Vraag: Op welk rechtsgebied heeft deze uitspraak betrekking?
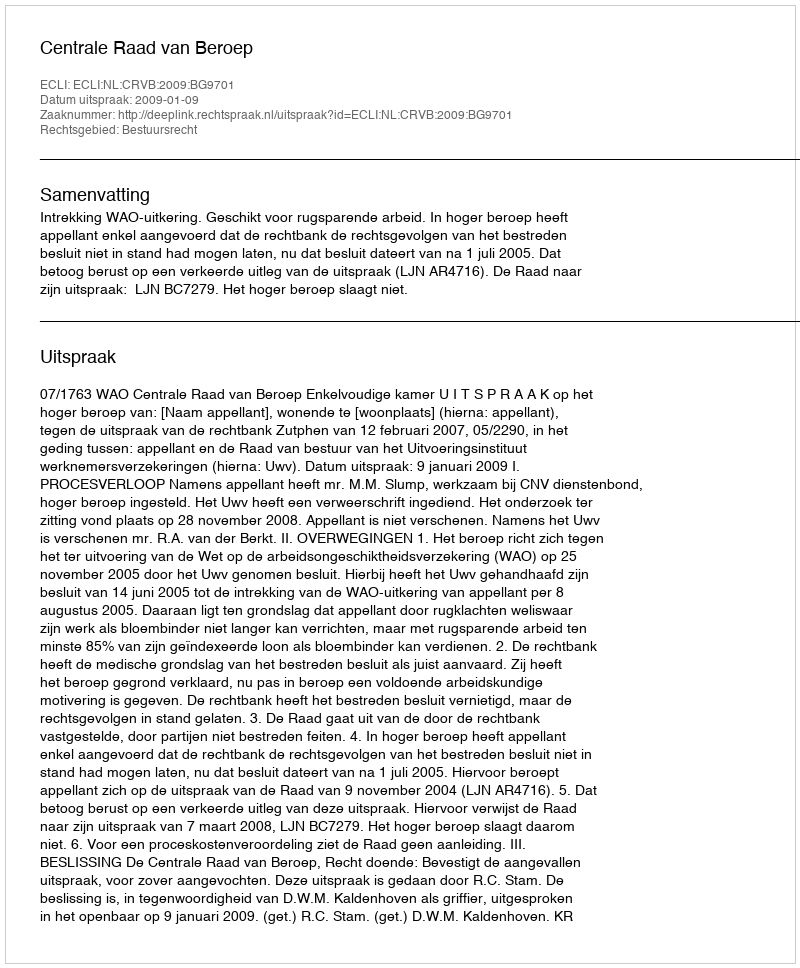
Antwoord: Bestuursrecht